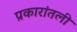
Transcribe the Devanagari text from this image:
प्रकारांतली